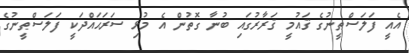
އެއީ ފަލަސްޠީނުގެ ޤައުމީ ޤަރާރުގައި ބުނާ ގޮތުން އެ މުޅި ސަރަޙައްދަކީ ފަލަސްޠީނުގެ